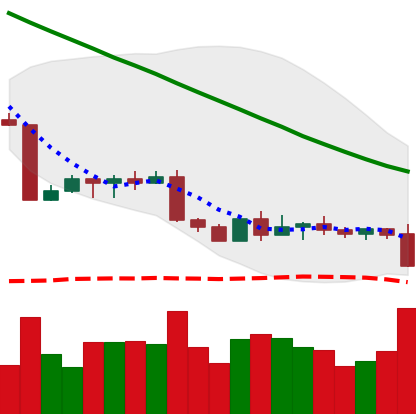
Ticker: BTC-USD
Chart end date: 2022-09-06
Forward return: 15.562%
Label: up_7plus